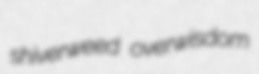
shiverweed overwisdom